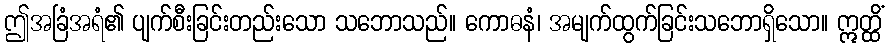
ဤအခြံအရံ၏ ပျက်စီးခြင်းတည်းသော သဘောသည်။ ကောဓနံ၊ အမျက်ထွက်ခြင်းသဘောရှိသော။ ဣတ္ထိံ